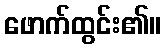
ဖောက်ထွင်း၏။